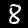
Digit: 8